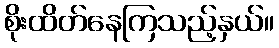
စိုးထိတ်နေကြသည့်နှယ်။